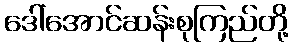
ဒေါ်အောင်ဆန်းစုကြည်တို့